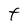
Character: t